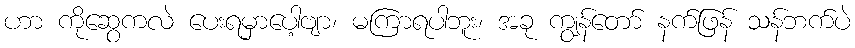
ဟာ ကိုဆွေကလဲ ပေးရမှာပေါ့ဗျာ၊ မကြာရပါဘူး၊ အခု ကျွန်တော် နက်ဖြန် သန်ဘက်ပဲ